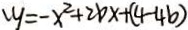
y = - x ^ { 2 } + 2 b x + ( 4 - 4 b )